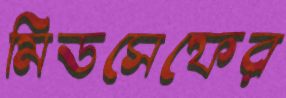
মিডসেফের